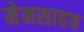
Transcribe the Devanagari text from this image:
मेमसाहब